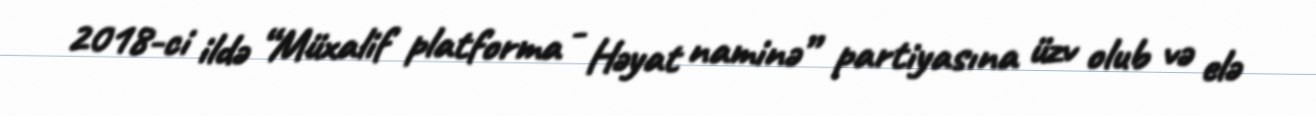
2018-ci ildə “Müxalif platforma - Həyat naminə” partiyasına üzv olub və elə